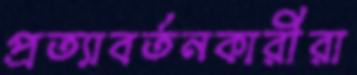
প্রত্যাবর্তনকারীরা